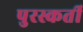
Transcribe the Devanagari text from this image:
पुरस्कर्ती